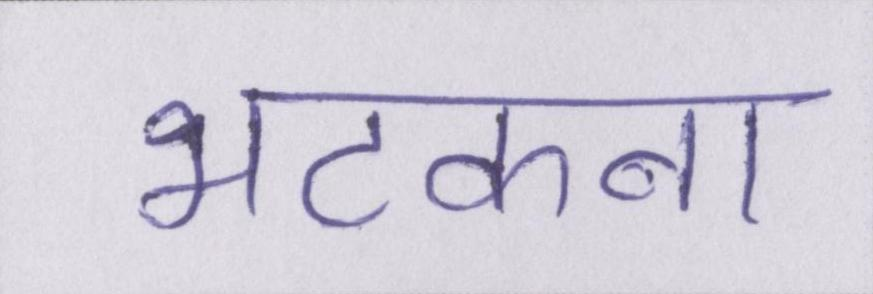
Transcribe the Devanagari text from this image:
भटकना